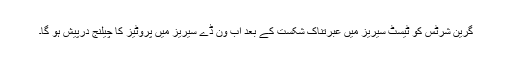
گرین شرٹس کو ٹیسٹ سیریز میں عبرتناک شکست کے بعد اب ون ڈے سیریز میں پروٹیز کا چیلنج درپیش ہو گا۔